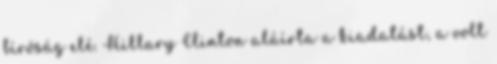
bíróság elé. Hillary Clinton aláírta a kiadatást, a volt